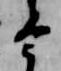
今